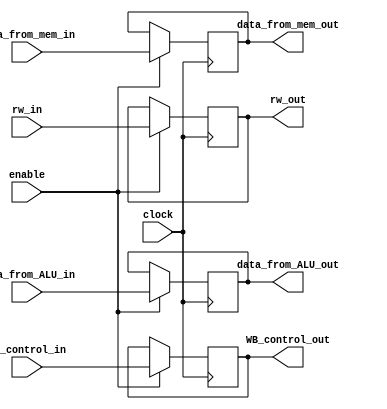
`timescale 1ns / 1ps
//////////////////////////////////////////////////////////////////////////////////
// Company: 
// Engineer: 
// 
// Design Name: 
// Module Name:    MEM_WB 
// Project Name: 
// Target Devices: 
// Tool versions: 
// Description: 
//
// Dependencies: 
//
// Revision: 
// Revision 0.01 - File Created
// Additional Comments: 
//
//////////////////////////////////////////////////////////////////////////////////
module MEM_WB( 
									input clock,
									input enable,
									input [1:0] WB_control_in,
									input [31:0] data_from_mem_in,
									input [31:0] data_from_ALU_in,
									input [4:0] rw_in,
									output reg[1:0] WB_control_out,
									output reg[31:0] data_from_mem_out,
									output reg[31:0] data_from_ALU_out,
									output reg [4:0] rw_out
									);
initial WB_control_out = 0;
initial data_from_mem_out = 0;
initial data_from_ALU_out=0;
initial rw_out = 0;

always@(posedge clock)
	begin
		if(enable)
			begin
				WB_control_out <= WB_control_in;
				data_from_mem_out <= data_from_mem_in;
				data_from_ALU_out <= data_from_ALU_in;
				rw_out <= rw_in;
			end
		else
			begin
				WB_control_out <= WB_control_out;
				data_from_mem_out <= data_from_mem_out;
				data_from_ALU_out <= data_from_ALU_out;
				rw_out <= rw_out;
			end
	end

endmodule